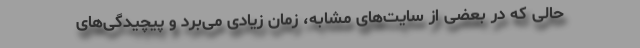
حالی که در بعضی از سایت‌های مشابه، زمان زیادی می‌برد و پیچیدگی‌های